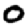
Digit: 0